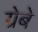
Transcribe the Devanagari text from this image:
ग्रेबे